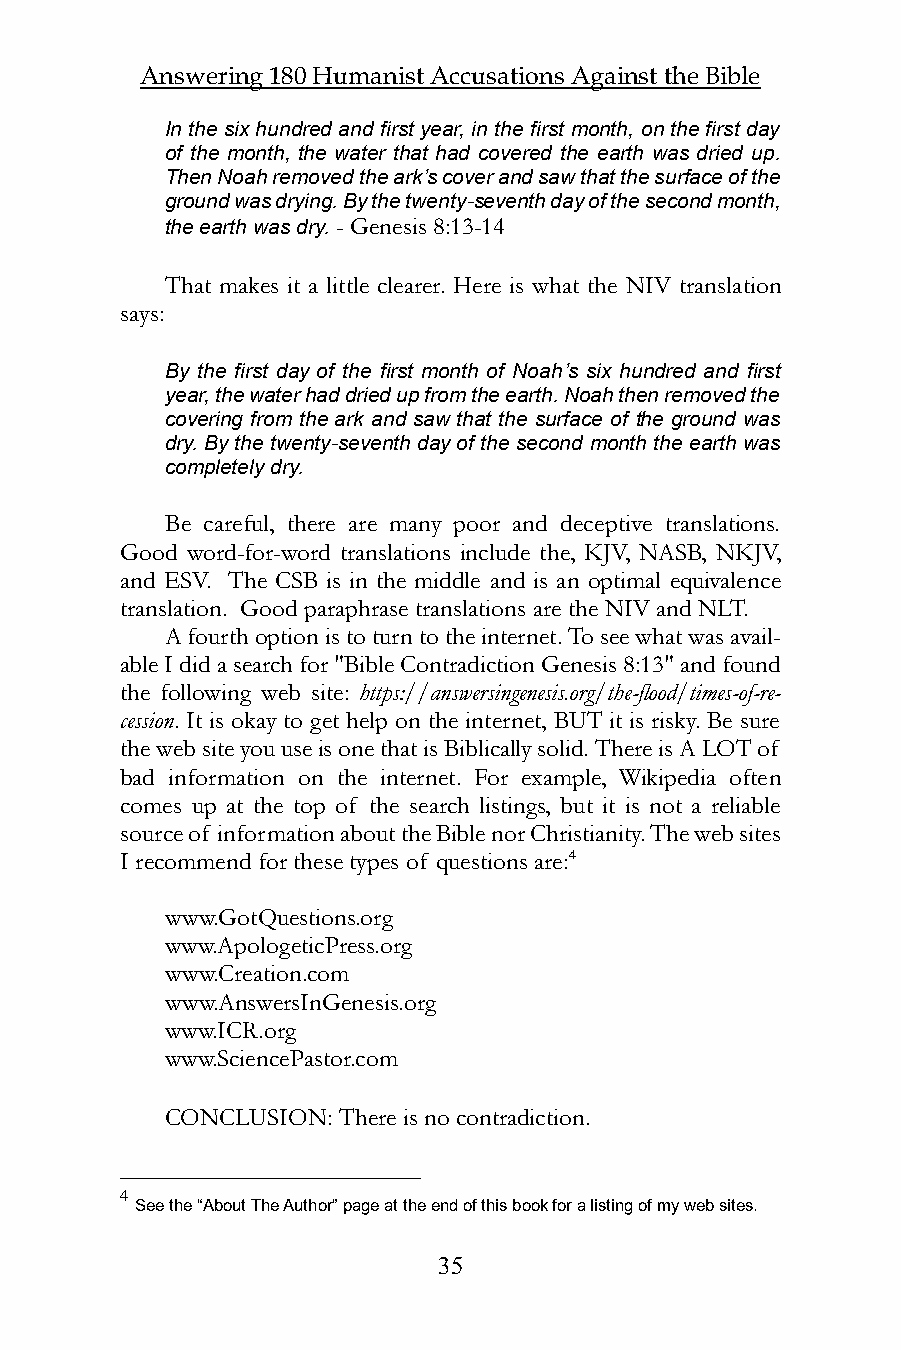
Answering 180 Humanist Accusations Against the Bible
 In the six hundred and first year, in the first month, on the first day
 of the month, the water that had covered the earth was dried up.
 Then Noah removed the ark’s cover and saw that the surface of the
 ground was drying. By the twenty-seventh day of the second month,
 the earth was dry. - Genesis 8:13-14
 That makes it a little clearer. Here is what the NIV translation
 says:
 By the first day of the first month of Noah’s six hundred and first
 year, the water had dried up from the earth. Noah then removed the
 covering from the ark and saw that the surface of the ground was
 dry. By the twenty-seventh day of the second month the earth was
 completely dry.
 Be careful, there are many poor and deceptive translations.
 Good word-for-word translations include the, KJV, NASB, NKJV,
 and ESV. The CSB is in the middle and is an optimal equivalence
 translation. Good paraphrase translations are the NIV and NLT.
 A fourth option is to turn to the internet. To see what was avail-
 able I did a search for "Bible Contradiction Genesis 8:13" and found
 the following web site: https://answersingenesis.org/the-flood/times-of-re-
 cession. It is okay to get help on the internet, BUT it is risky. Be sure
 the web site you use is one that is Biblically solid. There is A LOT of
 bad information on the internet. For example, Wikipedia often
 comes up at the top of the search listings, but it is not a reliable
 source of information about the Bible nor Christianity. The web sites
 I recommend for these types of questions are:4
 www.GotQuestions.org
 www.ApologeticPress.org
 www.Creation.com
 www.AnswersInGenesis.org
 www.ICR.org
 www.SciencePastor.com
 CONCLUSION: There is no contradiction.
 4
 See the “About The Author” page at the end of this book for a listing of my web sites.
 35